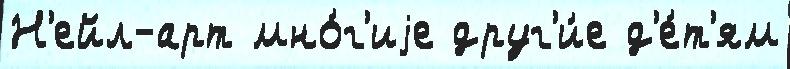
Н'ейл-арт мно́г'иjе друг'и́е д'е́т'ям